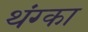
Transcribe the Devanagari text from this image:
थंग्का